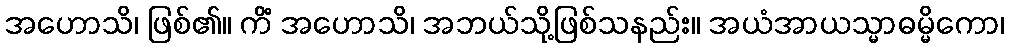
အဟောသိ၊ ဖြစ်၏။ ကိံ အဟောသိ၊ အဘယ်သို့ဖြစ်သနည်း။ အယံအာယသ္မာဓမ္မိကော၊